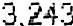
3,243